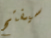
سيفتح